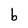
Character: b